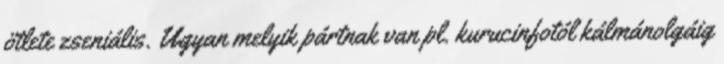
ötlete zseniális. Ugyan melyik pártnak van pl. kurucinfotól kálmánolgáig